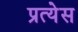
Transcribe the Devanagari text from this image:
प्रत्येस